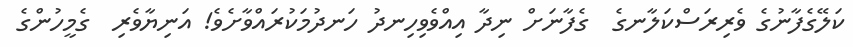
ކަލޭގެފާނުގެ ވެރިރަސްކަލާނގެ  ގެފާނަށް ނިދާ އިއްވެވިހިނދު ހަނދުމަކުރައްވާށެވެ! އަނިޔާވެރި  ގެމީހުންގެ